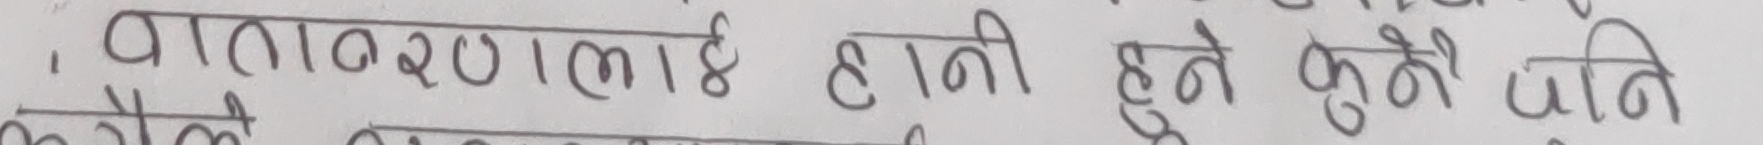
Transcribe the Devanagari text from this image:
वातावरणलाई हानी हुने कुनै पनि